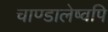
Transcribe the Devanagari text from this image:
चाण्डालेष्वपि